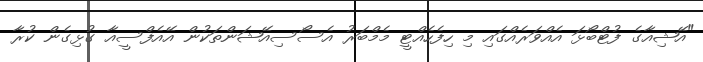
"އޭޝިއާގެ ފުޓްބޯޅަ އެއްވަރެއްގައި މި ހިފެހެއްޓީ މެމްބަރު އެސޯސިއޭޝަންތަކުން އޭއެފްސީއާ ގުޅިގެން ކުރާ